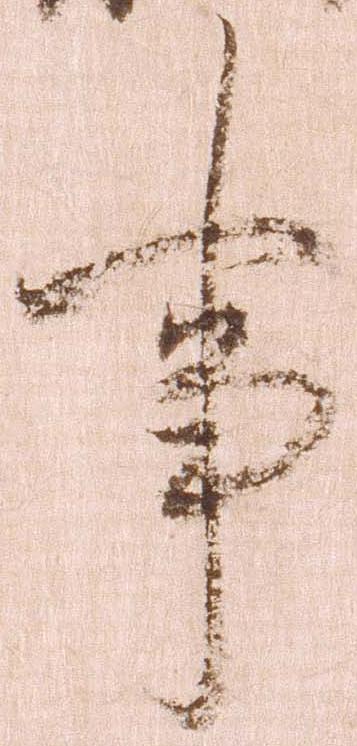
事